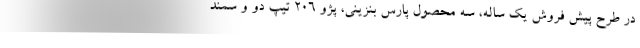
در طرح پیش فروش یک ساله، سه محصول پارس بنزینی، پژو ۲۰۶ تیپ دو و سمند